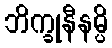
ဘိက္ခုနီနမ္ပိ